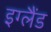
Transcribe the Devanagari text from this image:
इग्‍लैंड